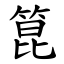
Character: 箟